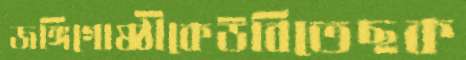
জঙ্গিগোষ্ঠীকেউবিতেছক